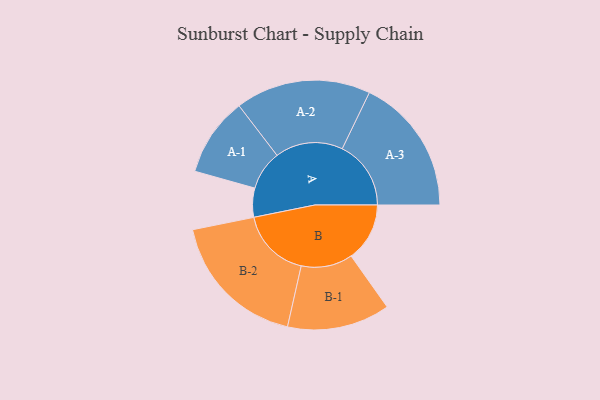
{"axis": {"x": "Segment", "y": "Value"}, "legend": ["", "A", "B"], "data": [{"x": "A", "y": 114, "type": ""}, {"x": "B", "y": 230, "type": ""}, {"x": "A-1", "y": 155, "type": "A"}, {"x": "A-2", "y": 266, "type": "A"}, {"x": "A-3", "y": 270, "type": "A"}, {"x": "B-1", "y": 202, "type": "B"}, {"x": "B-2", "y": 277, "type": "B"}]}